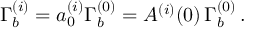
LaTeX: \Gamma _ { b } ^ { ( i ) } = a _ { 0 } ^ { ( i ) } \Gamma _ { b } ^ { ( 0 ) } = A ^ { ( i ) } ( 0 ) \, \Gamma _ { b } ^ { ( 0 ) } \, .